Medical and sanitary report of the native army of Bengal for the year
Year: 1874
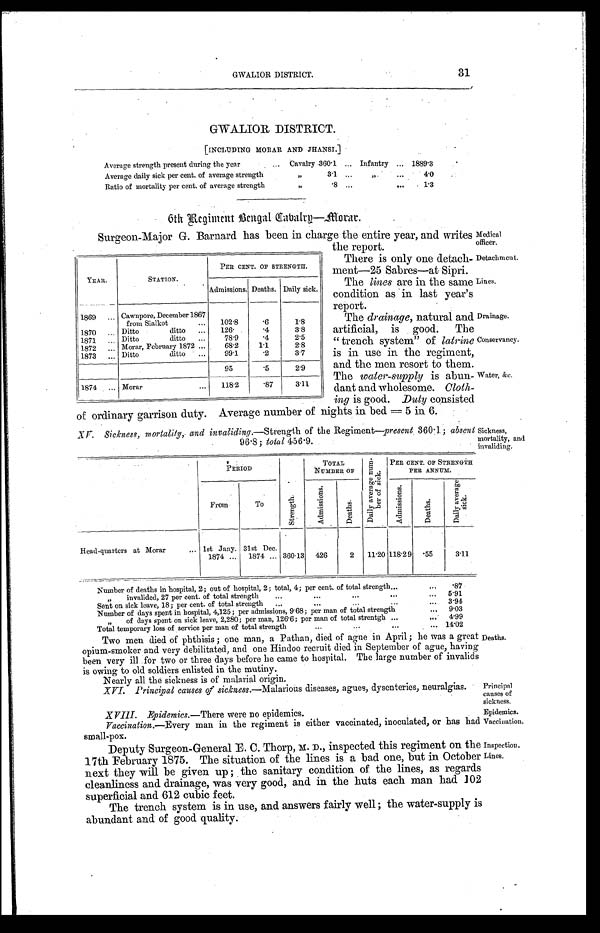
Detachment.
Lines.
Drainage.
Conservancy.
Principal
causes of
sickness.
Epidemics.
Vaccination.
Inspection.
Lines.
31
GWALIOR DISTRICT.
GWALIOR DISTRICT.
[INCLUDING MORAR AND JHANSI.]
Average strength present during the year . . .
Cavalry 360.1 . . . Infantry . . . 1889.3
Average daily sick per cent. of average strength . . .
"
3.1. . .
" . . .
4.0
Ratio of mortality per cent. of average strength . . .
"
. 8 . . .
. . .
1.3
6th Regiment Bengal Cabalry—Morar.
Surgeon-Major G. Barnard has been in charge the entire year, and writes
the report.
Medical
officer.
There is only one detach-
meat-25 Sabres—at Sipri.
The lines are in the same
condition as in last year's
report.
The drainage, natural and
artificial, is good. The
" trench system" of latrine
is in use in the regiment,
and the men resort to them.
The water-supply is abun
-
dant and wholesome. Cloth
-
ing is good. Duty consisted
of ordinary garrison duty. Average number of nights in bed = 5 in 6.
XV. Sickness, mortality, and invaliding.—Strength of the Regiment—present 360.1 ; absent
96.8 ; total 456.9.
YEAR.
STATION.
PER CENT. OF STRENGTH.
Admissions. Deaths. Daily sick.
1869 . . .
Cawnpore, December 1867
from Sialkot . . .
102.8
. 6 1.8
1870 . . .
Ditto ditto . . .
126.
. 4 3.8
1871 . . .
Ditto
ditto. . . 78.9
. 4 2.5
1872 . . . Morar, February 1872 . . .
68.2
1.1
2.8
1873 . . .
Ditto
ditto . . .
99.1
. 2 3.7
95
. 5 2.9
1874 . . .
Morar . . .
118.2
. 8 7 3.11
Water, &c.
Sickness,
mortality, and invaliding.
PERIOD
TOTAL
NUMBER OF
D a i l y a v e r a g e n u m - b e r o f s i c k .
PER CENT. OF STRENGTH
PER ANNUM.
From
To
S t r e n g t h .
A d m i s s i o n s .
D e a t h s .
A d m i s s i o n s .
D e a t h s .
D a i l y a v e r a g e s i c k .
Head-quarters at Morar . . .
lst Jany.
1874 . . .
31st Dec.
1874
. . . 360.13 426
2
11.20 118.29
.55
3.11
Number of deaths in hospital, 2 ; out of hospital, 2; total, 4; per cent, of total strength . . .
.87
"
invalided, 27 per cent. of total strength . . .
5.91
Sent on sick leave, 18; per cent. of total strength . . .
3.94
Number of days spent in hospital, 4,125 ; per admissions, 9.68 ; per man of total strength . . .
9.03
" of days spent on sick leave, 2,280 ; per man, 126.6 ; per man of total strength . . .
4.99
T o t a l t e m p o r a r y l o s s o f
s e r v i c e p e r m a n
o f
t o t a l s t r e n g t h . . .
14.02
Two men died of phthisis ; one man, a Pathan, died of ague in April ; he was a great
opium-smoker and very debilitated, and one Hindoo recruit died in September of ague, having
been very ill for two or three days before he came to hospital. The large number of invalids
is owing to old soldiers enlisted in the mutiny.
Nearly all the sickness is of malarial origin.
XVI. Principal causes of sickness.—Malarious diseases, agues, dysenteries, neuralgias.
XVIII. Epidemics.—There were no epidemics.
Vaccination.—Every man in the regiment is either vaccinated, inoculated, or has had
small-pox.
Deputy Surgeon-General E. C. Thorp, M. D., inspected this regiment on the
17th February 1875. The situation of the lines is a bad one, but in October
next they will be given up ; the sanitary condition of the lines, as regards
cleanliness and drainage, was very good, and in the huts each man had. 102
superficial and 612 cubic feet.
Deaths.
The trench system is in use, and answers fairly well; the water-supply is
abundant and of good quality.